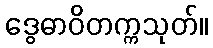
ဒွေဓာဝိတက္ကသုတ်။